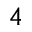
4